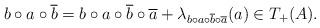
LaTeX: \begin{align*}b\circ a\circ\overline{b}=b\circ a\circ\overline{b}\circ\overline{a}+\lambda_{b\circ a\circ\overline{b}\circ\overline{a}}(a)\in T_+(A).\end{align*}